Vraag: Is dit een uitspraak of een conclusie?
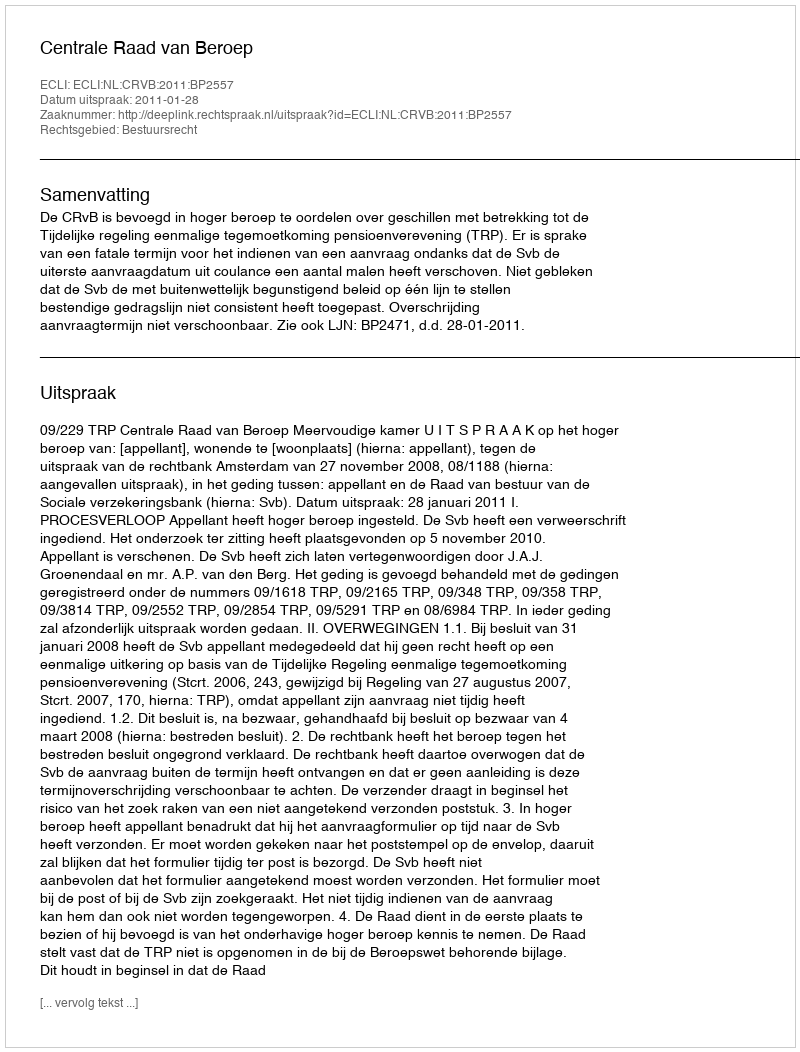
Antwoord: Uitspraak